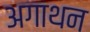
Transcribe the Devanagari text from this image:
अगाथन